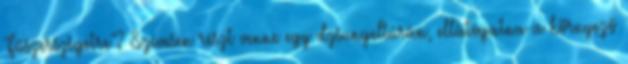
"Fűszerszigetre"? Szívesen részt venne egy dzsungeltúrán, ellátogatna a környező